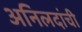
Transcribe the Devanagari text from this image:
अनिलदांची